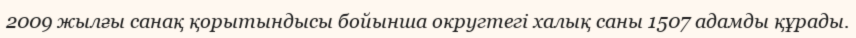
2009 жылғы санақ қорытындысы бойынша округтегі халық саны 1507 адамды құрады.